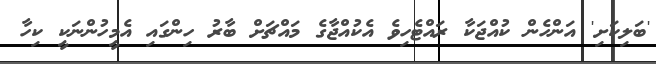
'ބަލިކަށި' އަންހެން ކުއްޖަކާ ރައްޓެހިވެ އެކުއްޖާގެ މައްޗަށް ބާރު ހިންގައި އެމީހުންނަކީ ކިހާ